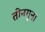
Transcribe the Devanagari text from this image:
तीनगुना